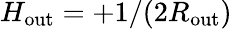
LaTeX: H_{\mathrm{out}}=+1/(2R_{\mathrm{out}})